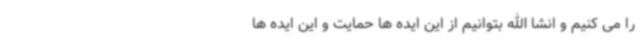
را می کنیم و انشا الله بتوانیم از این ایده ها حمایت و این ایده ها